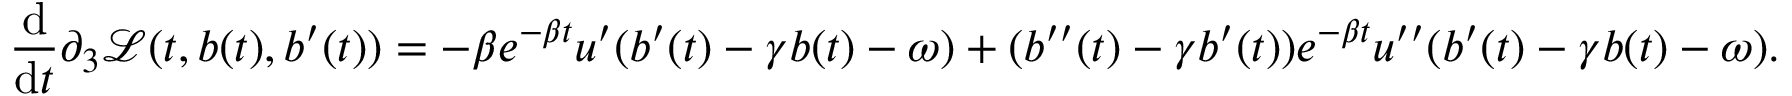
\frac { \mathrm { d } } { \mathrm { d } t } \partial _ { 3 } \mathcal { L } ( t , b ( t ) , b ^ { \prime } ( t ) ) = - \beta e ^ { - \beta t } u ^ { \prime } ( b ^ { \prime } ( t ) - \gamma b ( t ) - \omega ) + ( b ^ { \prime \prime } ( t ) - \gamma b ^ { \prime } ( t ) ) e ^ { - \beta t } u ^ { \prime \prime } ( b ^ { \prime } ( t ) - \gamma b ( t ) - \omega ) .